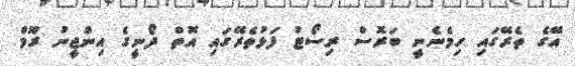
އޭގެ ތެރޭގައި ހިމެނެނީ ބަރޮސް ރިސޯޓު ފަޅުތެރޭގައި އޮތް ދޯނީގެ އިންޖީނު ރޫމް